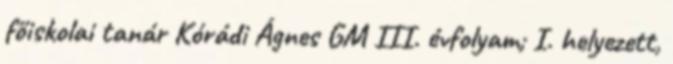
főiskolai tanár Kórádi Ágnes GM III. évfolyam; I. helyezett,